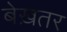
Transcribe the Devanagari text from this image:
बेख़तर